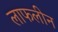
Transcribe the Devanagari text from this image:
लाफलीन